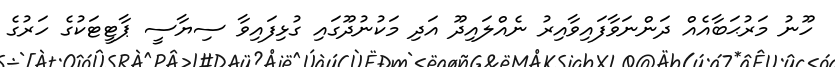
ހޫނު މަރުޙަބާއެއް ދަންނަވާފައިވާއިރު ނެއްލައިދޫ އަދި މަކުނުދޫގައި ގުޅިފައިވާ ސިޔާސީ ޕާޓީޓަކުގެ ހަރުގެ